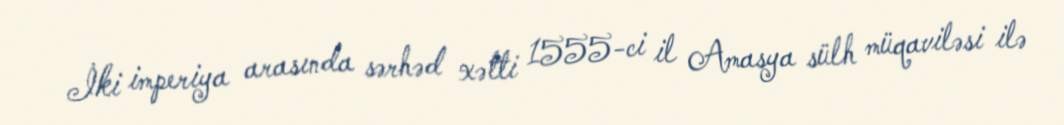
İki imperiya arasında sərhəd xətti 1555-ci il Amasya sülh müqaviləsi ilə